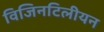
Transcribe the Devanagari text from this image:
विजिनटिलीयन